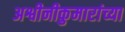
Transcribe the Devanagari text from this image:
अश्वीनीकुमारांच्या